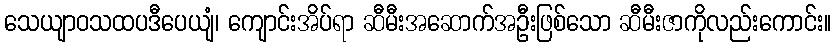
သေယျာဝသထပဒီပေယျံ၊ ကျောင်းအိပ်ရာ ဆီမီးအဆောက်အဦးဖြစ်သော ဆီမီးဇာကိုလည်းကောင်း။